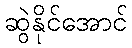
ဆွဲနိုင်အောင်